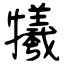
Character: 犧